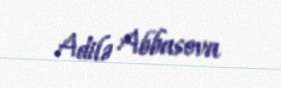
Adilə Abbasova